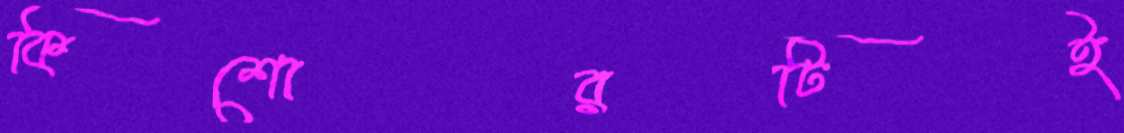
কিশোরটিই